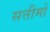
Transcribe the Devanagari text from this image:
सत्तीमो